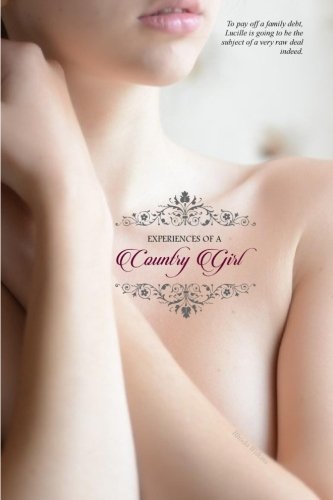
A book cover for The Experiences of a Country Girl: (In Two Complete Volumes); Rhoda Wilkins (pseudo); Romance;